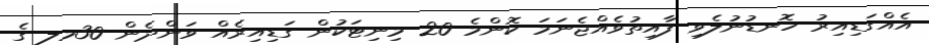
އެއްގަޑިއިރު ހޮނޑުނުލެވި ފާއިތުވެއްޖެނަމަ ކޮންމެ 20 މިނިޓަކުން ގަޑިއިރެއް ވަންދެން 30މލ ގެ